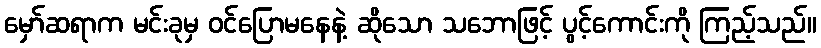
မှော်ဆရာက မင်းခုမှ ဝင်ပြောမနေနဲ့ ဆိုသော သဘောဖြင့် ပွင့်ကောင်းကို ကြည့်သည်။